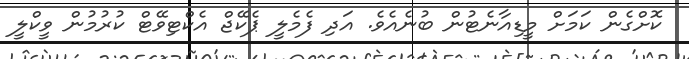
ކޮށްގެން ކަމަށް މީޑިއާނެޓުން ބުނެއެވެ. އަދި ފެމެލީ ޕެކޭޖް އެކްޓިވޭޓް ކުރުމުން ވީކްލީ